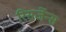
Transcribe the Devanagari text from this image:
रिसर्जेन्स